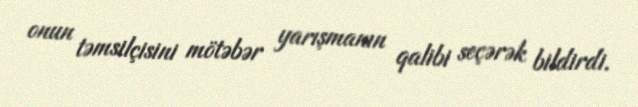
onun təmsilçisini mötəbər yarışmanın qalibi seçərək bildirdi.